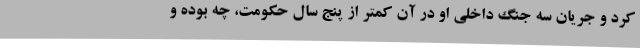
کرد و جریان سه جنگ داخلی او در آن کمتر از پنج سال حکومت، چه بوده و